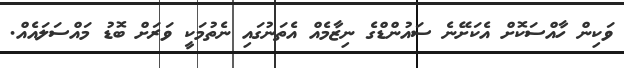
ވަކިން ހާއްސަކޮށް އެކަށޭނެ ސައުންޑްގެ ނިޒާމެއް އެތަނުގައި ނެތުމަކީ ވަރަށް ބޮޑު މައްސަލައެއް.